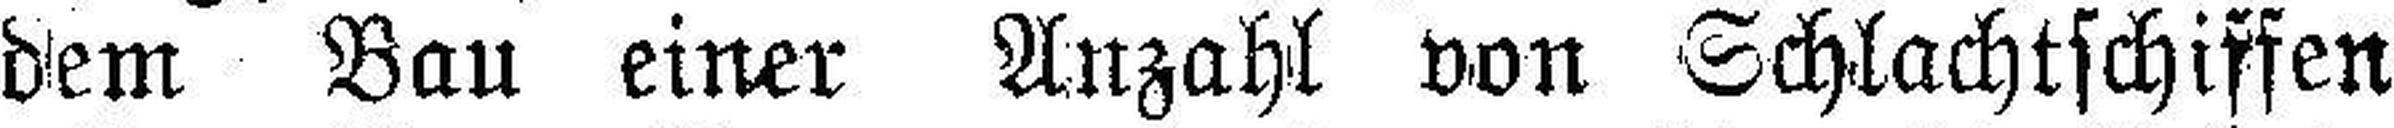
dem Bau einer Anzahl von Schlachtschiffen